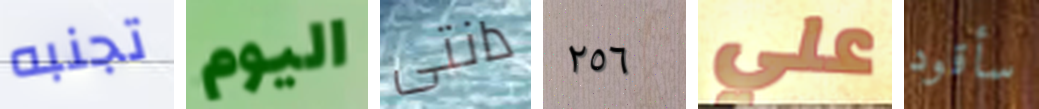
تجنبه اليوم دانتى ٢٥٦ علي سأقود